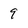
Character: 9